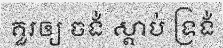
គួរឲ្យ ចង់ ស្តាប់ ទ្រង់